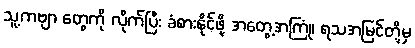
သူ့ကဗျာ တွေကို လိုက်ပြီး ခံစားနိုင်ဖို့ အတွေ့အကြုံ၊ ရသအမြင်တို့မှ